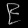
Digit: ၉